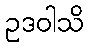
ဥဒဝါသိ